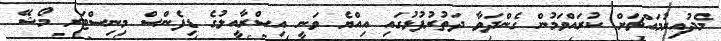
މެދުއިރުމައްޗަށް ކުރައްވަމުން ގެންދަވާ ދަތުރުފުޅުގައި އިއްޔެ ވަނީ އިސްރާއީލުގެ ޑިފެންސް މިނިސްޓަރ މޯޝޭ